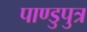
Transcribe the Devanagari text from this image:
पाण्डुपुत्र